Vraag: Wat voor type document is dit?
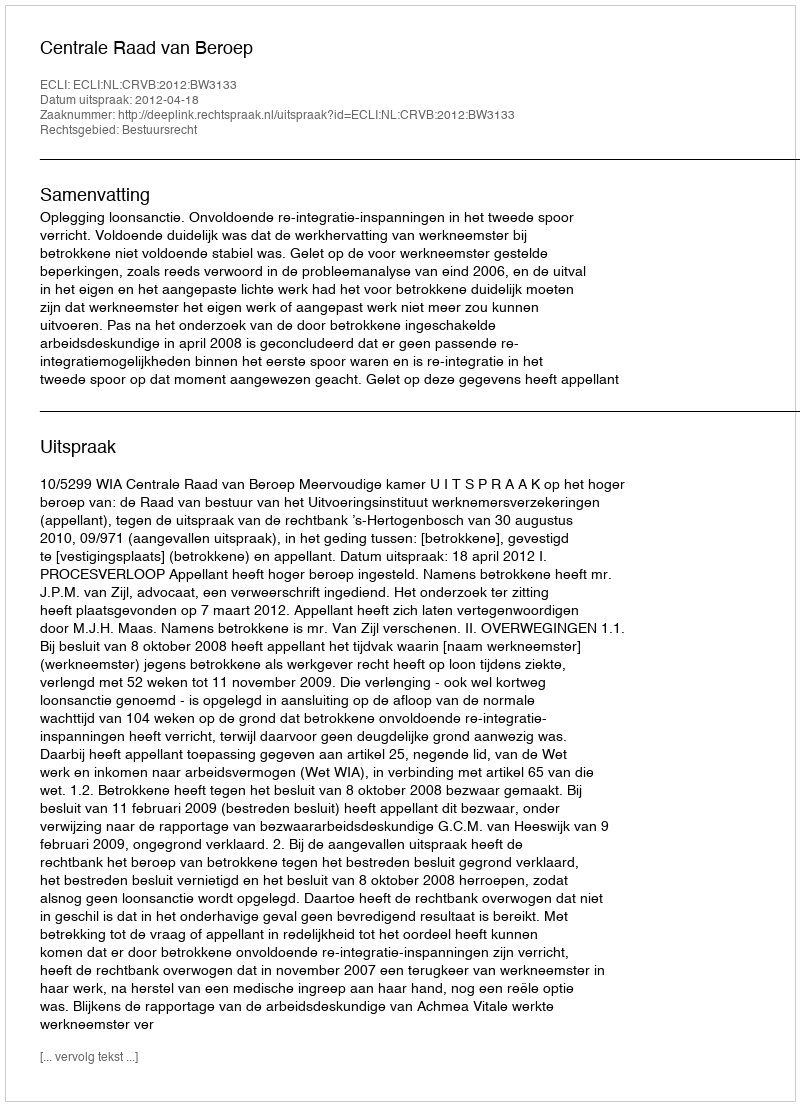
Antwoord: Uitspraak